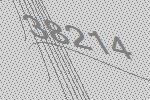
38214